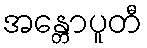
အန္တောပူတီ